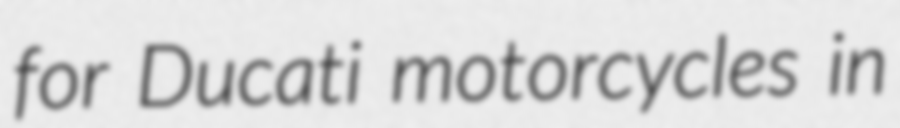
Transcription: for Ducati motorcycles in